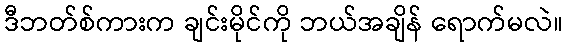
ဒီဘတ်စ်ကားက ချင်းမိုင်ကို ဘယ်အချိန် ရောက်မလဲ။